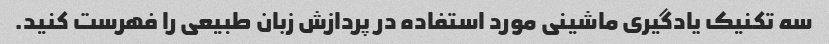
سه تکنیک یادگیری ماشینی مورد استفاده در پردازش زبان طبیعی را فهرست کنید.